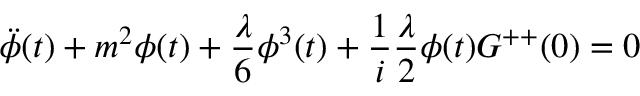
\ddot { \phi } ( t ) + m ^ { 2 } \phi ( t ) + \frac { \lambda } { 6 } \phi ^ { 3 } ( t ) + \frac { 1 } { i } \frac { \lambda } { 2 } \phi ( t ) G ^ { + + } ( 0 ) = 0